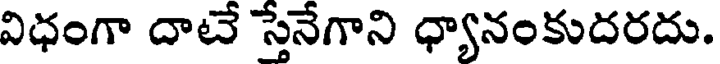
విధంగా దాటే స్తేనేగాని ధ్యానంకుదరదు.